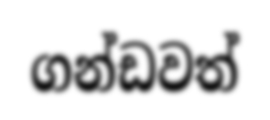
ගන්ඩවත්